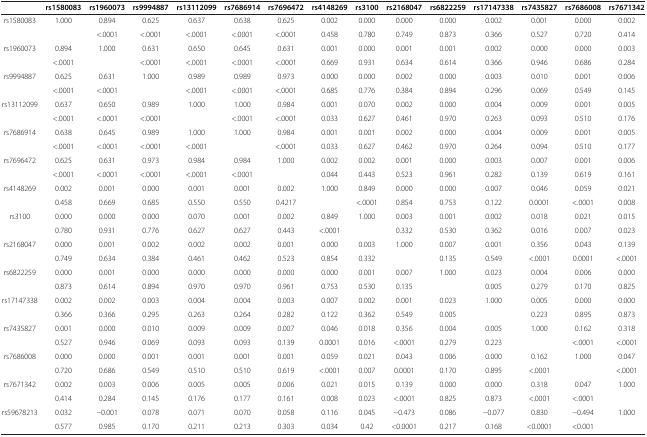
<table><thead><tr><td><b> </b></td><td><b>rs1580083</b></td><td><b>rs1960073</b></td><td><b>rs9994887</b></td><td><b>rs13112099</b></td><td><b>rs7686914</b></td><td><b>rs7696472</b></td><td><b>rs4148269</b></td><td><b>rs3100</b></td><td><b>rs2168047</b></td><td><b>rs6822259</b></td><td><b>rs17147338</b></td><td><b>rs7435827</b></td><td><b>rs7686008</b></td><td><b>rs7671342</b></td></tr></thead><tbody><tr><td>rs1580083</td><td>1.000</td><td>0.894</td><td>0.625</td><td>0.637</td><td>0.638</td><td>0.625</td><td>0.002</td><td>0.000</td><td>0.000</td><td>0.000</td><td>0.002</td><td>0.001</td><td>0.000</td><td>0.002</td></tr><tr><td> </td><td> </td><td>&lt;.0001</td><td>&lt;.0001</td><td>&lt;.0001</td><td>&lt;.0001</td><td>&lt;.0001</td><td>0.458</td><td>0.780</td><td>0.749</td><td>0.873</td><td>0.366</td><td>0.527</td><td>0.720</td><td>0.414</td></tr><tr><td>rs1960073</td><td>0.894</td><td>1.000</td><td>0.631</td><td>0.650</td><td>0.645</td><td>0.631</td><td>0.001</td><td>0.000</td><td>0.001</td><td>0.001</td><td>0.002</td><td>0.000</td><td>0.000</td><td>0.003</td></tr><tr><td> </td><td>&lt;.0001</td><td> </td><td>&lt;.0001</td><td>&lt;.0001</td><td>&lt;.0001</td><td>&lt;.0001</td><td>0.669</td><td>0.931</td><td>0.634</td><td>0.614</td><td>0.366</td><td>0.946</td><td>0.686</td><td>0.284</td></tr><tr><td>rs9994887</td><td>0.625</td><td>0.631</td><td>1.000</td><td>0.989</td><td>0.989</td><td>0.973</td><td>0.000</td><td>0.000</td><td>0.002</td><td>0.000</td><td>0.003</td><td>0.010</td><td>0.001</td><td>0.006</td></tr><tr><td> </td><td>&lt;.0001</td><td>&lt;.0001</td><td> </td><td>&lt;.0001</td><td>&lt;.0001</td><td>&lt;.0001</td><td>0.685</td><td>0.776</td><td>0.384</td><td>0.894</td><td>0.296</td><td>0.069</td><td>0.549</td><td>0.145</td></tr><tr><td>rs13112099</td><td>0.637</td><td>0.650</td><td>0.989</td><td>1.000</td><td>1.000</td><td>0.984</td><td>0.001</td><td>0.070</td><td>0.002</td><td>0.000</td><td>0.004</td><td>0.009</td><td>0.001</td><td>0.005</td></tr><tr><td> </td><td>&lt;.0001</td><td>&lt;.0001</td><td>&lt;.0001</td><td> </td><td>&lt;.0001</td><td>&lt;.0001</td><td>0.033</td><td>0.627</td><td>0.461</td><td>0.970</td><td>0.263</td><td>0.093</td><td>0.510</td><td>0.176</td></tr><tr><td>rs7686914</td><td>0.638</td><td>0.645</td><td>0.989</td><td>1.000</td><td>1.000</td><td>0.984</td><td>0.001</td><td>0.001</td><td>0.002</td><td>0.000</td><td>0.004</td><td>0.009</td><td>0.001</td><td>0.005</td></tr><tr><td> </td><td>&lt;.0001</td><td>&lt;.0001</td><td>&lt;.0001</td><td>&lt;.0001</td><td> </td><td>&lt;.0001</td><td>0.033</td><td>0.627</td><td>0.462</td><td>0.970</td><td>0.264</td><td>0.094</td><td>0.510</td><td>0.177</td></tr><tr><td>rs7696472</td><td>0.625</td><td>0.631</td><td>0.973</td><td>0.984</td><td>0.984</td><td>1.000</td><td>0.002</td><td>0.002</td><td>0.001</td><td>0.000</td><td>0.003</td><td>0.007</td><td>0.001</td><td>0.006</td></tr><tr><td> </td><td>&lt;.0001</td><td>&lt;.0001</td><td>&lt;.0001</td><td>&lt;.0001</td><td>&lt;.0001</td><td> </td><td>0.044</td><td>0.443</td><td>0.523</td><td>0.961</td><td>0.282</td><td>0.139</td><td>0.619</td><td>0.161</td></tr><tr><td>rs4148269</td><td>0.002</td><td>0.001</td><td>0.000</td><td>0.001</td><td>0.001</td><td>0.002</td><td>1.000</td><td>0.849</td><td>0.000</td><td>0.000</td><td>0.007</td><td>0.046</td><td>0.059</td><td>0.021</td></tr><tr><td> </td><td>0.458</td><td>0.669</td><td>0.685</td><td>0.550</td><td>0.550</td><td>0.4217</td><td> </td><td>&lt;.0001</td><td>0.854</td><td>0.753</td><td>0.122</td><td>0.0001</td><td>&lt;.0001</td><td>0.008</td></tr><tr><td>rs3100</td><td>0.000</td><td>0.000</td><td>0.000</td><td>0.070</td><td>0.001</td><td>0.002</td><td>0.849</td><td>1.000</td><td>0.003</td><td>0.001</td><td>0.002</td><td>0.018</td><td>0.021</td><td>0.015</td></tr><tr><td> </td><td>0.780</td><td>0.931</td><td>0.776</td><td>0.627</td><td>0.627</td><td>0.443</td><td>&lt;.0001</td><td> </td><td>0.332</td><td>0.530</td><td>0.362</td><td>0.016</td><td>0.007</td><td>0.023</td></tr><tr><td>rs2168047</td><td>0.000</td><td>0.001</td><td>0.002</td><td>0.002</td><td>0.002</td><td>0.001</td><td>0.000</td><td>0.003</td><td>1.000</td><td>0.007</td><td>0.001</td><td>0.356</td><td>0.043</td><td>0.139</td></tr><tr><td> </td><td>0.749</td><td>0.634</td><td>0.384</td><td>0.461</td><td>0.462</td><td>0.523</td><td>0.854</td><td>0.332</td><td> </td><td>0.135</td><td>0.549</td><td>&lt;.0001</td><td>0.0001</td><td>&lt;.0001</td></tr><tr><td>rs6822259</td><td>0.000</td><td>0.001</td><td>0.000</td><td>0.000</td><td>0.000</td><td>0.000</td><td>0.000</td><td>0.001</td><td>0.007</td><td>1.000</td><td>0.023</td><td>0.004</td><td>0.006</td><td>0.000</td></tr><tr><td> </td><td>0.873</td><td>0.614</td><td>0.894</td><td>0.970</td><td>0.970</td><td>0.961</td><td>0.753</td><td>0.530</td><td>0.135</td><td> </td><td>0.005</td><td>0.279</td><td>0.170</td><td>0.825</td></tr><tr><td>rs17147338</td><td>0.002</td><td>0.002</td><td>0.003</td><td>0.004</td><td>0.004</td><td>0.003</td><td>0.007</td><td>0.002</td><td>0.001</td><td>0.023</td><td>1.000</td><td>0.005</td><td>0.000</td><td>0.000</td></tr><tr><td> </td><td>0.366</td><td>0.366</td><td>0.295</td><td>0.263</td><td>0.264</td><td>0.282</td><td>0.122</td><td>0.362</td><td>0.549</td><td>0.005</td><td> </td><td>0.223</td><td>0.895</td><td>0.873</td></tr><tr><td>rs7435827</td><td>0.001</td><td>0.000</td><td>0.010</td><td>0.009</td><td>0.009</td><td>0.007</td><td>0.046</td><td>0.018</td><td>0.356</td><td>0.004</td><td>0.005</td><td>1.000</td><td>0.162</td><td>0.318</td></tr><tr><td> </td><td>0.527</td><td>0.946</td><td>0.069</td><td>0.093</td><td>0.093</td><td>0.139</td><td>0.0001</td><td>0.016</td><td>&lt;.0001</td><td>0.279</td><td>0.223</td><td> </td><td>&lt;.0001</td><td>&lt;.0001</td></tr><tr><td>rs7686008</td><td>0.000</td><td>0.000</td><td>0.001</td><td>0.001</td><td>0.001</td><td>0.001</td><td>0.059</td><td>0.021</td><td>0.043</td><td>0.006</td><td>0.000</td><td>0.162</td><td>1.000</td><td>0.047</td></tr><tr><td> </td><td>0.720</td><td>0.686</td><td>0.549</td><td>0.510</td><td>0.510</td><td>0.619</td><td>&lt;.0001</td><td>0.007</td><td>0.0001</td><td>0.170</td><td>0.895</td><td>&lt;.0001</td><td> </td><td>&lt;.0001</td></tr><tr><td>rs7671342</td><td>0.002</td><td>0.003</td><td>0.006</td><td>0.005</td><td>0.005</td><td>0.006</td><td>0.021</td><td>0.015</td><td>0.139</td><td>0.000</td><td>0.000</td><td>0.318</td><td>0.047</td><td>1.000</td></tr><tr><td> </td><td>0.414</td><td>0.284</td><td>0.145</td><td>0.176</td><td>0.177</td><td>0.161</td><td>0.008</td><td>0.023</td><td>&lt;.0001</td><td>0.825</td><td>0.873</td><td>&lt;.0001</td><td>&lt;.0001</td><td> </td></tr><tr><td>rs59678213</td><td>0.032</td><td>−0.001</td><td>0.078</td><td>0.071</td><td>0.070</td><td>0.058</td><td>0.116</td><td>0.045</td><td>−0.473</td><td>0.086</td><td>−0.077</td><td>0.830</td><td>−0.494</td><td>1.000</td></tr><tr><td> </td><td>0.577</td><td>0.985</td><td>0.170</td><td>0.211</td><td>0.213</td><td>0.303</td><td>0.034</td><td>0.42</td><td>&lt;0.0001</td><td>0.217</td><td>0.168</td><td>&lt;0.0001</td><td>&lt;0.001</td><td> </td></tr></tbody></table>